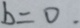
b = 0 .